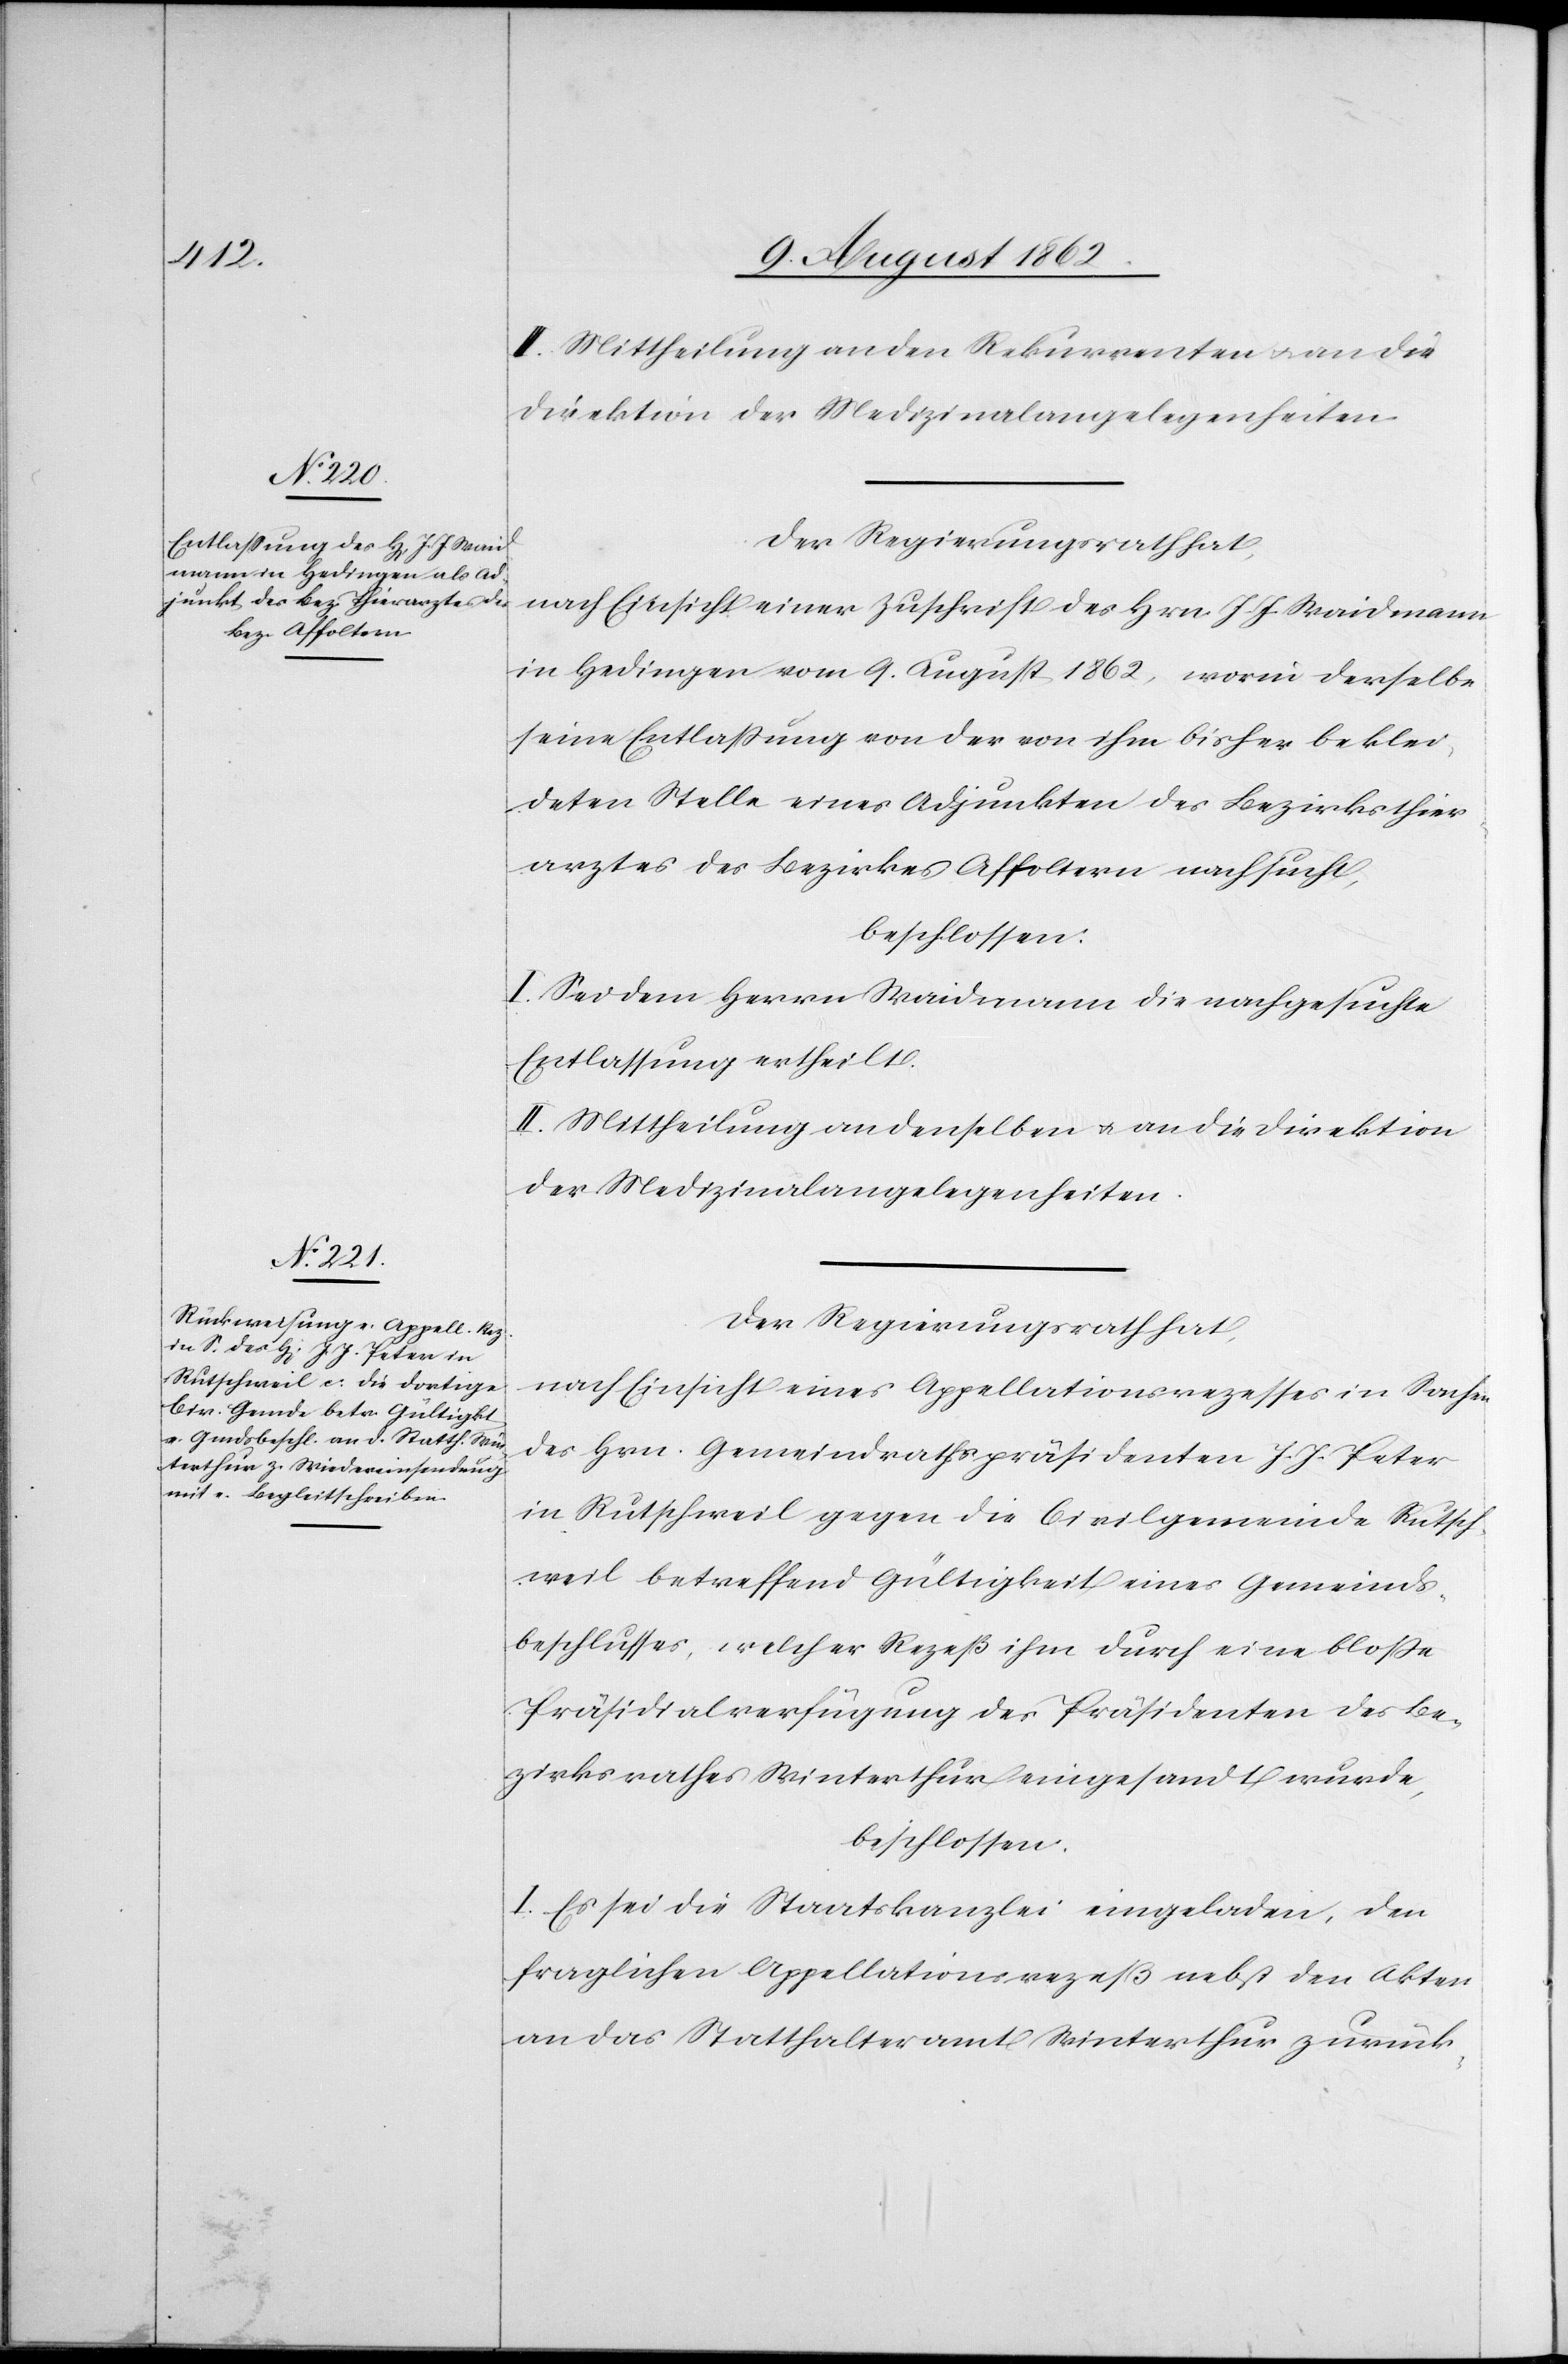
III. Mittheilung an den Rekurrenten u. an die
Direktion der Medizinalangelegenheiten.
Der Regierungsrath hat,
nach Einsicht einer Zuschrift des Hrn. J. J. Waidmann
in Hedingen vom 9. August 1862, worin derselbe
seine Entlassung von der von ihm bisher beklei¬
deten Stelle eines Adjunkten des Bezirksthier¬
arztes des Bezirkes Affoltern nachsucht,
beschlossen:
I. Sei dem Herrn Waidmann die nachgesuchte
Entlassung ertheilt.
II. Mittheilung an denselben u. an die Direktion
der Medizinalangelegenheiten.
Der Regierungsrath hat,
nach Einsicht eines Appellationsrezesses in Sachen
des Hrn. Gemeindrathspräsidenten J. J. Peter
in Rutschweil gegen die Civilgemeinde Rutsch¬
weil betreffend Gültigkeit eines Gemeinds¬
beschlusses, welcher Rezeß ihm durch eine bloßer
Präsidialverfügung des Präsidenten des Be¬
zirksrathes Winterthur eingesandt wurde,
beschlossen:
I. Es sei die Staatskanzlei eingeladen, den
fraglichen Appellationsrezeß nebst den Akten
an das Statthalteramt Winterthur zurück-